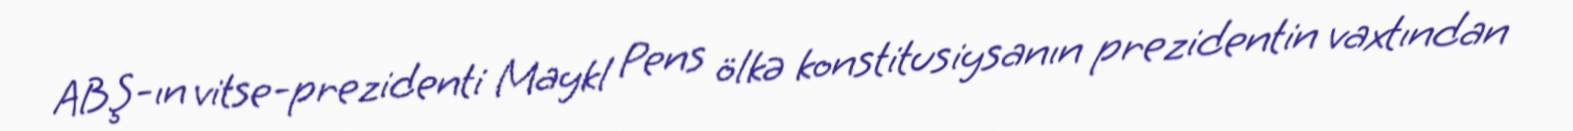
ABŞ-ın vitse-prezidenti Maykl Pens ölkə konstitusiysanın prezidentin vaxtından